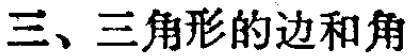
三、三角形的边和角